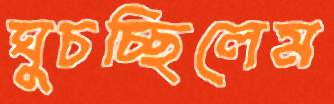
ঘুচচ্ছিলেম